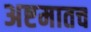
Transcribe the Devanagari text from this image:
अष्टमातच